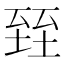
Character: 臸